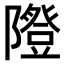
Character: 𨽆